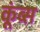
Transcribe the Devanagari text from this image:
कूंब्स